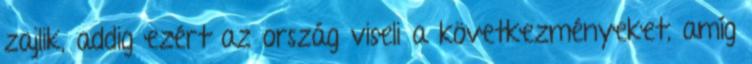
zajlik, addig ezért az ország viseli a következményeket, amíg